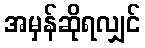
အမှန်ဆိုရလျှင်